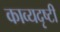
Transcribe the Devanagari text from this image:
काव्यदृष्टी